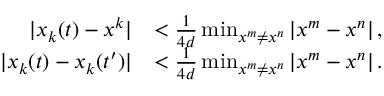
\begin{array} { r l } { | x _ { k } ( t ) - x ^ { k } | } & { < \frac { 1 } { 4 d } \operatorname* { m i n } _ { x ^ { m } \neq x ^ { n } } | x ^ { m } - x ^ { n } | \, , } \\ { | x _ { k } ( t ) - x _ { k } ( t ^ { \prime } ) | } & { < \frac { 1 } { 4 d } \operatorname* { m i n } _ { x ^ { m } \neq x ^ { n } } | x ^ { m } - x ^ { n } | \, . } \end{array}